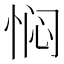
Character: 𫺓